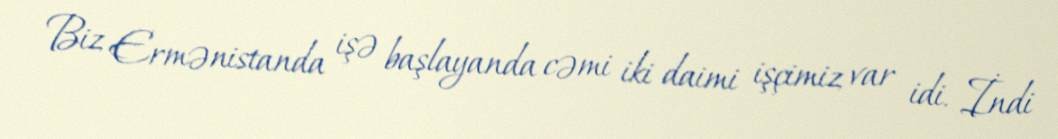
Biz Ermənistanda işə başlayanda cəmi iki daimi işçimiz var idi. İndi